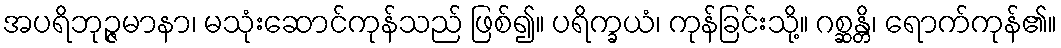
အပရိဘုဉ္ဇမာနာ၊ မသုံးဆောင်ကုန်သည် ဖြစ်၍။ ပရိက္ခယံ၊ ကုန်ခြင်းသို့။ ဂစ္ဆန္တိ၊ ရောက်ကုန်၏။